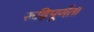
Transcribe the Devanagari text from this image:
रूढ़िपूर्णता